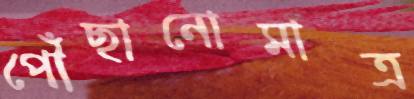
পৌঁছানোমাত্র